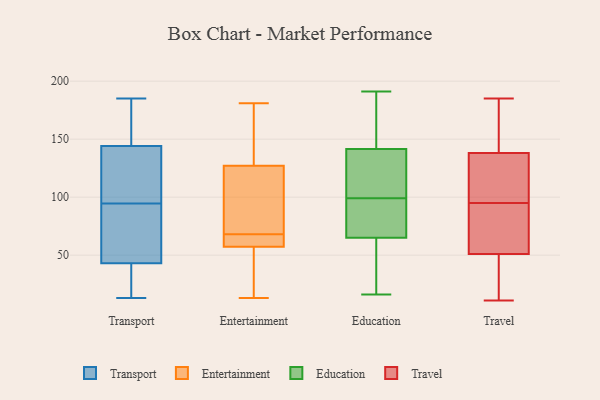
{"axis": {"x": "Shipments", "y": "Value"}, "legend": ["Education", "Entertainment", "Transport", "Travel"], "data": [{"x": "", "y": 49, "type": "Transport"}, {"x": "", "y": 13, "type": "Transport"}, {"x": "", "y": 40, "type": "Transport"}, {"x": "", "y": 22, "type": "Transport"}, {"x": "", "y": 103, "type": "Transport"}, {"x": "", "y": 105, "type": "Transport"}, {"x": "", "y": 43, "type": "Transport"}, {"x": "", "y": 185, "type": "Transport"}, {"x": "", "y": 172, "type": "Transport"}, {"x": "", "y": 70, "type": "Transport"}, {"x": "", "y": 161, "type": "Transport"}, {"x": "", "y": 86, "type": "Transport"}, {"x": "", "y": 144, "type": "Transport"}, {"x": "", "y": 122, "type": "Transport"}, {"x": "", "y": 57, "type": "Entertainment"}, {"x": "", "y": 127, "type": "Entertainment"}, {"x": "", "y": 76, "type": "Entertainment"}, {"x": "", "y": 20, "type": "Entertainment"}, {"x": "", "y": 28, "type": "Entertainment"}, {"x": "", "y": 159, "type": "Entertainment"}, {"x": "", "y": 180, "type": "Entertainment"}, {"x": "", "y": 58, "type": "Entertainment"}, {"x": "", "y": 59, "type": "Entertainment"}, {"x": "", "y": 127, "type": "Entertainment"}, {"x": "", "y": 181, "type": "Entertainment"}, {"x": "", "y": 68, "type": "Entertainment"}, {"x": "", "y": 166, "type": "Entertainment"}, {"x": "", "y": 127, "type": "Entertainment"}, {"x": "", "y": 59, "type": "Entertainment"}, {"x": "", "y": 13, "type": "Entertainment"}, {"x": "", "y": 43, "type": "Entertainment"}, {"x": "", "y": 67, "type": "Entertainment"}, {"x": "", "y": 89, "type": "Entertainment"}, {"x": "", "y": 175, "type": "Education"}, {"x": "", "y": 88, "type": "Education"}, {"x": "", "y": 127, "type": "Education"}, {"x": "", "y": 136, "type": "Education"}, {"x": "", "y": 78, "type": "Education"}, {"x": "", "y": 16, "type": "Education"}, {"x": "", "y": 66, "type": "Education"}, {"x": "", "y": 191, "type": "Education"}, {"x": "", "y": 147, "type": "Education"}, {"x": "", "y": 63, "type": "Education"}, {"x": "", "y": 129, "type": "Education"}, {"x": "", "y": 64, "type": "Education"}, {"x": "", "y": 81, "type": "Education"}, {"x": "", "y": 32, "type": "Education"}, {"x": "", "y": 167, "type": "Education"}, {"x": "", "y": 110, "type": "Education"}, {"x": "", "y": 171, "type": "Travel"}, {"x": "", "y": 52, "type": "Travel"}, {"x": "", "y": 78, "type": "Travel"}, {"x": "", "y": 12, "type": "Travel"}, {"x": "", "y": 30, "type": "Travel"}, {"x": "", "y": 185, "type": "Travel"}, {"x": "", "y": 88, "type": "Travel"}, {"x": "", "y": 11, "type": "Travel"}, {"x": "", "y": 102, "type": "Travel"}, {"x": "", "y": 51, "type": "Travel"}, {"x": "", "y": 138, "type": "Travel"}, {"x": "", "y": 124, "type": "Travel"}, {"x": "", "y": 166, "type": "Travel"}, {"x": "", "y": 104, "type": "Travel"}, {"x": "", "y": 159, "type": "Travel"}, {"x": "", "y": 36, "type": "Travel"}, {"x": "", "y": 73, "type": "Travel"}, {"x": "", "y": 114, "type": "Travel"}]}